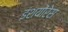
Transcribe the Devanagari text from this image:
इंशयोंरेस